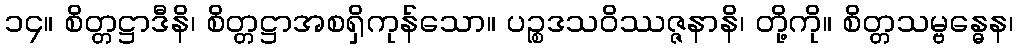
၁၄။ စိတ္တဋ္ဌာဒီနိ၊ စိတ္တဋ္ဌာအစရှိကုန်သော။ ပဉ္စဒသဝိဿဇ္ဇနာနိ၊ တို့ကို။ စိတ္တသမ္ဗန္ဓေန၊